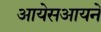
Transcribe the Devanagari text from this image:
आयेसआयने